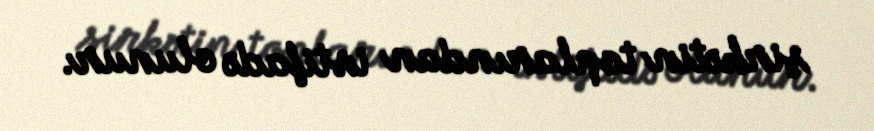
şirkətin toplarından istifadə olunur.